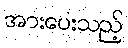
အားပေးသည့်